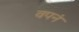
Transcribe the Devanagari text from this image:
वपनं